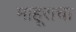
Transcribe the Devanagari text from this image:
माहूराचा